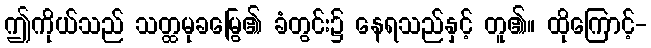
ဤကိုယ်သည် သတ္ထမုခမြွေ၏ ခံတွင်း၌ နေရသည်နှင့် တူ၏။ ထိုကြောင့်-